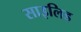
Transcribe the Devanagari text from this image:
साइलिड